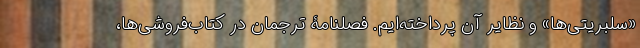
«سلبریتی‌ها» و نظایر آن پرداخته‌ایم. فصلنامۀ ترجمان در کتاب‌فروشی‌ها،